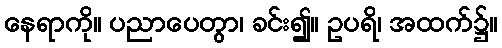
နေရာကို။ ပညာပေတွာ၊ ခင်း၍။ ဥပရိ၊ အထက်၌။